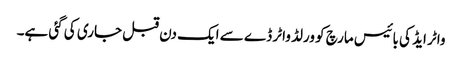
واٹر ایڈ کی بائیس مارچ کو ورلڈ واٹر ڈے سے ایک دن قبل جاری کی گئی ہے۔